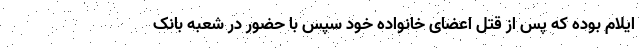
ایلام بوده که پس از قتل اعضای خانواده خود سپس با حضور در شعبه بانک